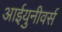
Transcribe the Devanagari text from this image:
आईयुनीवर्स